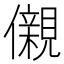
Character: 儭